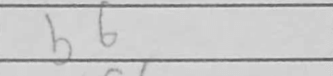
Transcription: b6